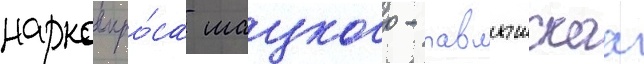
наркомпро́са шацкого - павлышскаа